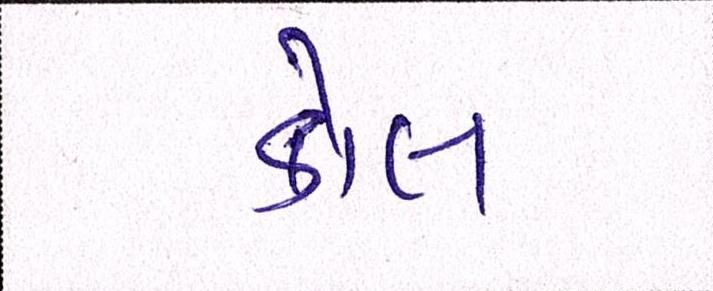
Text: કોલ